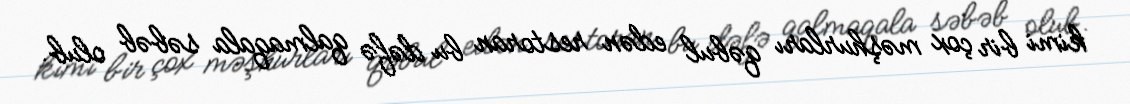
kimi bir çox məşhurları qəbul edən restoran bu dəfə qalmaqala səbəb olub.